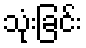
သုံးခြင်း